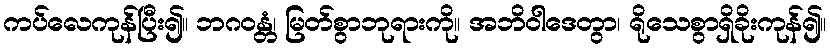
ကပ်လေကုန်ပြီး၍။ ဘဂဝန္တံ၊ မြတ်စွာဘုရားကို။ အဘိဝါဒေတွာ၊ ရိုသေစွာရှိခိုးကုန်၍။